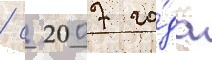
/ с 2007 го́да